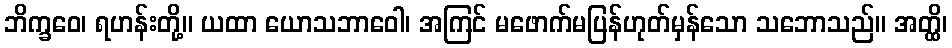
ဘိက္ခဝေ၊ ရဟန်းတို့။ ယထာ ယောသဘာဝေါ၊ အကြင် မဖောက်မပြန်ဟုတ်မှန်သော သဘောသည်။ အတ္ထိ၊